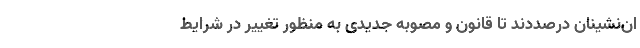
ان‌نشینان درصددند تا قانون و مصوبه جدیدی به منظور تغییر در شرایط